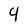
Character: 4